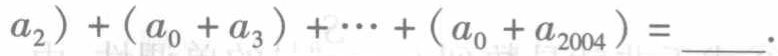
\((a_{2})+(a_{0}+a_{3})+\cdots+(a_{0}+a_{2004})=\underline{\quad\quad}\).